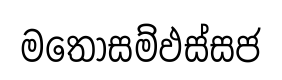
මතොසම්ඵස්සජ